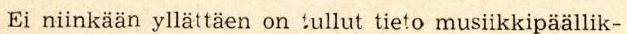
Ei niinkään yllättäen on tullut tieto musiikkipäällik-